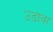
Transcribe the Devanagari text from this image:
उडावा